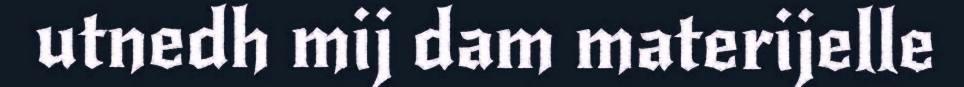
utnedh mij dam materijelle